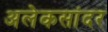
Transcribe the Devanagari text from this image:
अलेकसांदर